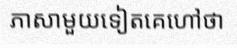
ភាសាមួយទៀតគេហៅថា